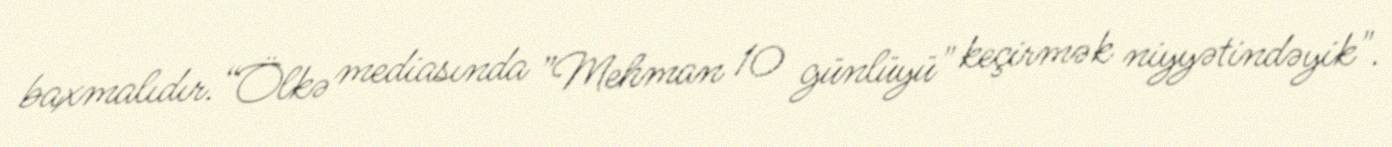
baxmalıdır.“Ölkə mediasında ”Mehman 10 günlüyü" keçirmək niyyətindəyik".